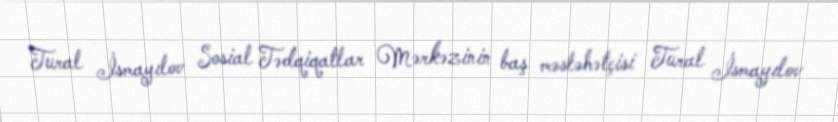
Tural İsmayılov Sosial Tədqiqatlar Mərkəzinin baş məsləhətçisi Tural İsmayılov